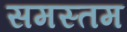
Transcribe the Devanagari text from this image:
समस्तम